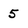
Character: 5